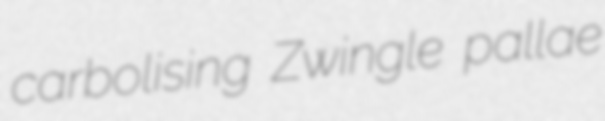
carbolising Zwingle pallae